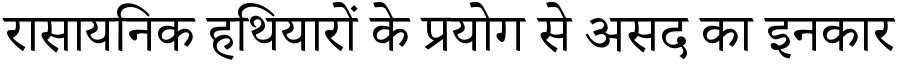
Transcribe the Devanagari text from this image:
रासायनिक हथियारों के प्रयोग से असद का इनकार